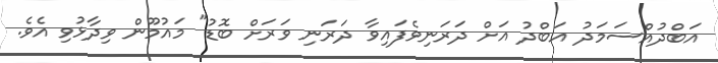
އަބްދުއްސަމަދު އަބްދު އަށް ދަރަނިވެފައިވާ ދަރަނި ވަރަށް ބޮޑު" މައުމޫން ވިދާޅުވި އެވެ.